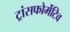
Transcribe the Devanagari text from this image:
ट्रांसफोर्मेटिव